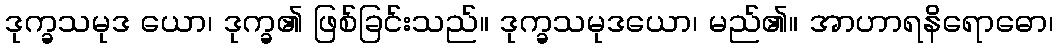
ဒုက္ခသမုဒ ယော၊ ဒုက္ခ၏ ဖြစ်ခြင်းသည်။ ဒုက္ခသမုဒယော၊ မည်၏။ အာဟာရနိရောဓော၊